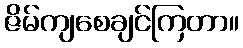
ဇိမ်ကျစေချင်ကြတာ။